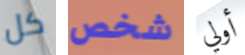
كل شخص أولي